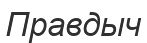
Правдыч